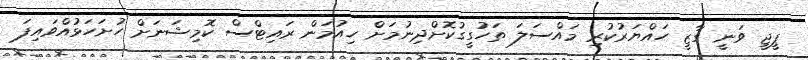
ޕީޖީ ވަނީ ގާޒީ ހައްޔަރުކުރި މައްސަލަ ތަހުގީގުކޮށްދިނުމަށް ހިއުމަން ރައިޓްސް ކޮމިޝަނަށް ހުށަހަޅުއްވައިފަ